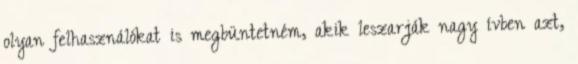
olyan felhasználókat is megbüntetném, akik leszarják nagy ívben azt,